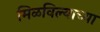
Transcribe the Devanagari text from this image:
मिळविल्याच्या